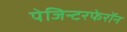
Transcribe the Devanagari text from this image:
पेजिन्टरफेरॉन